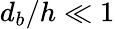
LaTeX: d_{b}/h\ll 1